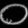
Digit: ၀